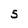
Character: 5